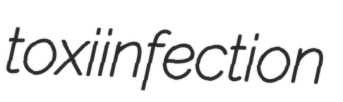
toxiinfection